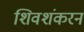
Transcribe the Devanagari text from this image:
शिवशंकरन